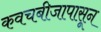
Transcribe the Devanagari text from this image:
कवचबीजापासून